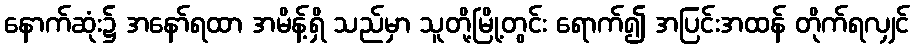
နောက်ဆုံး၌ အနော်ရထာ အမိန့်ရှိ သည်မှာ သူတို့မြို့တွင်း ရောက်၍ အပြင်းအထန် တိုက်ရလျှင်